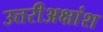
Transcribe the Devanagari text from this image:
उत्तरीअक्षांश